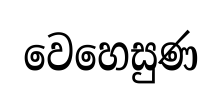
වෙහෙසුණ